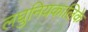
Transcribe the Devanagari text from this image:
लघुनियकालिके